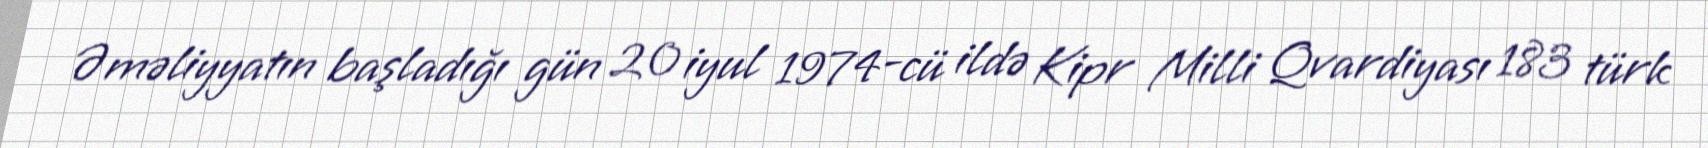
Əməliyyatın başladığı gün 20 iyul 1974-cü ildə Kipr Milli Qvardiyası 183 türk